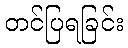
တင်ပြရခြင်း